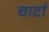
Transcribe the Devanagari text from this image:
चार्टा